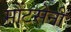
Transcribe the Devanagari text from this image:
मौंटसेनी